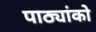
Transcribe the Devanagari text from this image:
पाठ्यांको